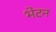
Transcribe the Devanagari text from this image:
भेटन